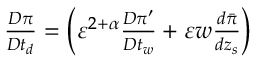
\begin{array} { r } { { \frac { D \pi } { D t _ { d } } } = \left( { \varepsilon } ^ { 2 + \alpha } { \frac { D \pi ^ { \prime } } { D t _ { w } } } + { \varepsilon } w { \frac { d \bar { \pi } } { d z _ { s } } } \right) } \end{array}